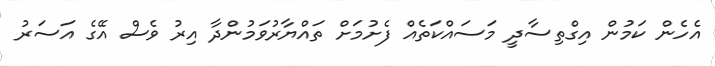
އެހެން ކަމުން އިގްތިސާދީ މަސައްކަތެއް ފެށުމަށް ތައްޔާރުވަމުންދާ އިރު ވެސް އޭގެ އަސަރު